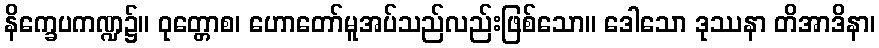
နိက္ခေပကဏ္ဍ၌။ ဝုတ္တောစ၊ ဟောတော်မူအပ်သည်လည်းဖြစ်သော။ ဒေါသော ဒုဿနာ တိအာဒိနာ၊